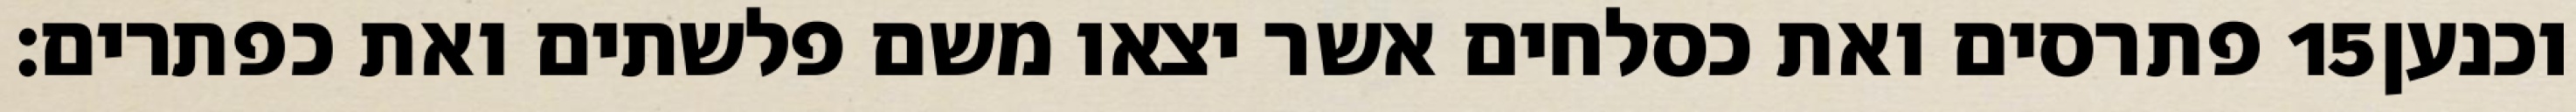
פתרסים ואת כסלחים אשר יצאו משם פלשתים ואת כפתרים׃ ‎15‏ וכנען